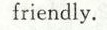
friendly.